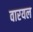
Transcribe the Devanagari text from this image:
वारयल